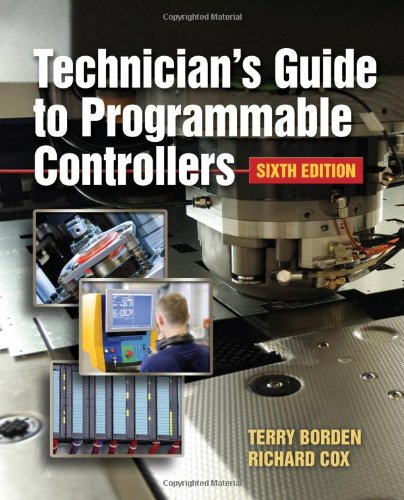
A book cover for Technician's Guide to Programmable Controllers; Terry Borden; Engineering & Transportation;